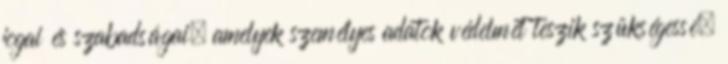
jogai és szabadságai, amelyek személyes adatok védelmét teszik szükségessé,